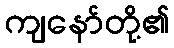
ကျနော်တို့၏